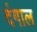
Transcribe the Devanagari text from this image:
दंगाल